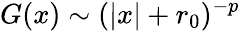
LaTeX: G(x)\sim(|x|+r_{0})^{-p}